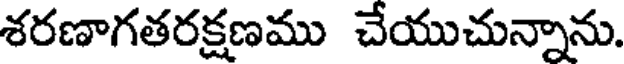
శరణాగతరక్షణము చేయుచున్నాను.